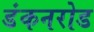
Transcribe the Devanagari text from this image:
डंकनरोड